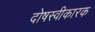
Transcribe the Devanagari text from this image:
दोषस्वीकारक